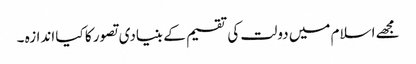
مجھے اسلام میں دولت کی تقسیم کے بنیادی تصور کا کیا اندازہ ۔